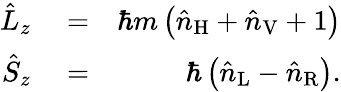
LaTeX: \begin{array}{rlr}{\hat{L}_{z}}&{{}=}&{\hbar m\left(\hat{n}_{\mathrm{H}}+\hat{n}_{\mathrm{V}}+1\right)}\\ {\hat{S}_{z}}&{{}=}&{\hbar\left(\hat{n}_{\mathrm{L}}-\hat{n}_{\mathrm{R}}\right).}\end{array}